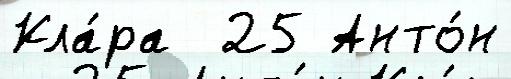
Кла́ра  25 Анто́н